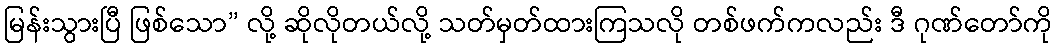
မြန်းသွားပြီ ဖြစ်သော” လို့ ဆိုလိုတယ်လို့ သတ်မှတ်ထားကြသလို တစ်ဖက်ကလည်း ဒီ ဂုဏ်တော်ကို